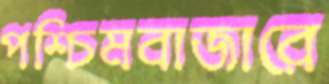
পশ্চিমবাজারে